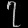
Digit: ၇